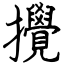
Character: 攪